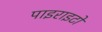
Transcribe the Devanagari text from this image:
पाइराइटों